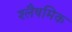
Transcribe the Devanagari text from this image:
श्लैषमिक